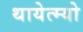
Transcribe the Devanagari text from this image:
थायेत्म्यो